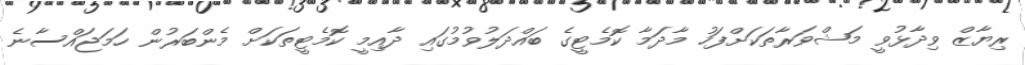
ރިޔާޒް ވިދާޅުވީ މަޝްވަރާތަކަށްފަހު މާދަމާ ކޮމެޓީގެ ބައްދަލުވުމުގައި ދާއިމީ ކޮމެޓީތަކަށް މެންބަރުން ހަމަޖައްސާނެ